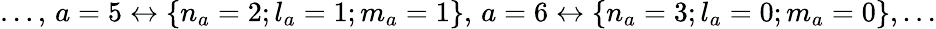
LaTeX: {\dots,\, a=5\leftrightarrow\{ n_{a}=2;l_{a}=1;m_{a}=1\} ,\, a=6\leftrightarrow\{ n_{a}=3;l_{a}=0;m_{a}=0\} ,\dots}